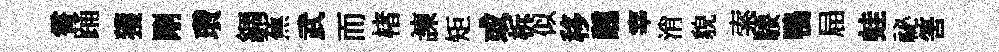
霄踊獲剛瓚綢蕉武而楮諫矩或柝似移醺宰消貌索騕鴨屇蛙祕筈